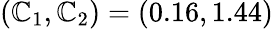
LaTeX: (\mathbb{C}_{1},\mathbb{C}_{2})=(0.16,1.44)